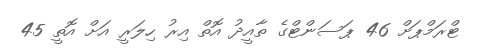
ޓްރަމްޕަށް 46 ޕަސަންޓްގެ ތާއީދު އޮތް އިރު ހިލަރީ އަށް އޮތީ 45